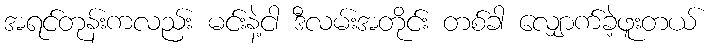
အရင်တုန်းကလည်း မင်းနဲ့ငါ ဒီလမ်းအတိုင်း တစ်ခါ လျှောက်ခဲ့ဖူးတယ်